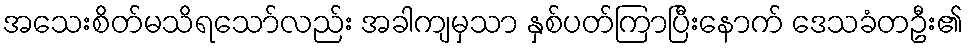
အသေးစိတ်မသိရသော်လည်း အခါကျမှသာ နှစ်ပတ်ကြာပြီးနောက် ဒေသခံတဦး၏